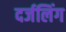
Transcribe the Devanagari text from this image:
दर्जलिंग